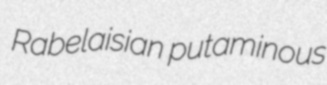
Rabelaisian putaminous